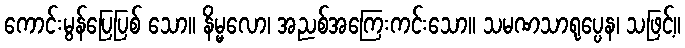
ကောင်းမွန်ပြေပြစ် သော။ နိမ္မလော၊ အညစ်အကြေးကင်းသော။ သမဏသာရုပ္ပေန၊ သဖြင့်။